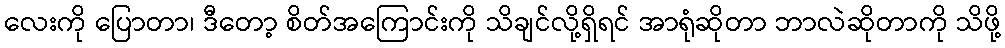
လေးကို ပြောတာ၊ ဒီတော့ စိတ်အကြောင်းကို သိချင်လို့ရှိရင် အာရုံဆိုတာ ဘာလဲဆိုတာကို သိဖို့